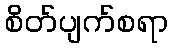
စိတ်ပျက်စရာ